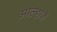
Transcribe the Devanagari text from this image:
आल्हाजें